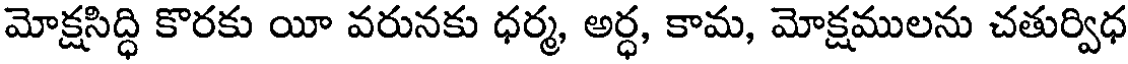
మోక్షసిద్ధి కొరకు యీ వరునకు ధర్మ, అర్ధ, కామ, మోక్షములను చతుర్విధ